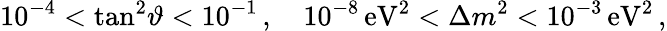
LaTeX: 10^{-4}<\tan^{2}\! \vartheta<10^{-1}\, ,\quad 10^{-8}\, \mathrm{eV}^{2}<\Delta{m}^{2}<10^{-3}\, \mathrm{eV}^{2}\, ,